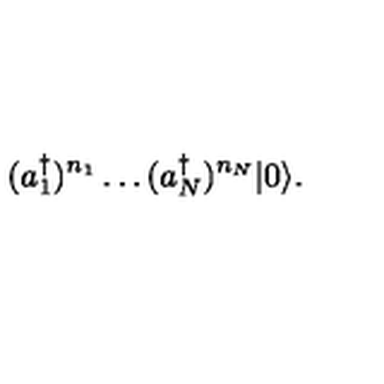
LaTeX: ( a _ { 1 } ^ { \dagger } ) ^ { n _ { 1 } } \ldots ( a _ { N } ^ { \dagger } ) ^ { n _ { N } } | 0 \rangle .